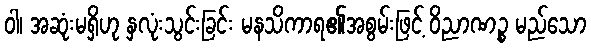
ဝါ၊ အဆုံးမရှိဟု နှလုံးသွင်းခြင်း မနသိကာရ၏အစွမ်းဖြင့် ဝိညာဏဉ္စ မည်သော